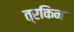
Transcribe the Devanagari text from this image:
त्रकिन